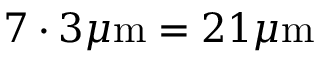
7 \cdot 3 \mu \mathrm { m } = 2 1 \mu \mathrm { m }